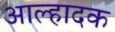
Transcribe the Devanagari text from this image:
आल्हादक